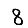
Digit: 8